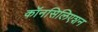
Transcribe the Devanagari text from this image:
कॉनसिलिएशन